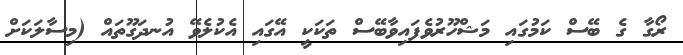
ރޯގާ ގެ ބޭސް ކަމުގައި މަޝްހޫރުވެފައިވާބޭސް ތަކަކީ އޭގައި އެކުލެވޭ އުނދަގޫތައް (މިސާލަކަށް